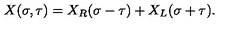
X ( \sigma , \tau ) = X _ { R } ( \sigma - \tau ) + X _ { L } ( \sigma + \tau ) .